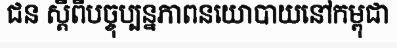
ជន ស្តីពីបច្ចុប្បន្នភាពនយោបាយនៅកម្ពុជា